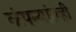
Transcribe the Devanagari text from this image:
कंपन्यांतही